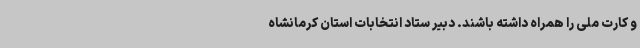
و کارت ملی را همراه داشته باشند. دبیر ستاد انتخابات استان کرمانشاه